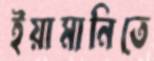
ইয়ামানিতে